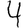
Digit: 4